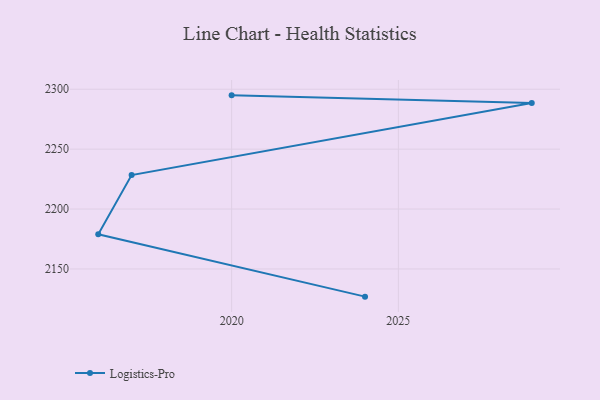
{"axis": {"x": "Year", "y": "Conversion Rate (%)"}, "legend": ["Logistics-Pro"], "data": [{"x": "2024", "y": 2126.9, "type": "Logistics-Pro"}, {"x": "2016", "y": 2179.0, "type": "Logistics-Pro"}, {"x": "2017", "y": 2228.4, "type": "Logistics-Pro"}, {"x": "2029", "y": 2288.6, "type": "Logistics-Pro"}, {"x": "2020", "y": 2294.9, "type": "Logistics-Pro"}]}